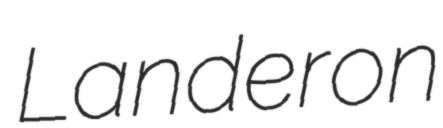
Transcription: Landeron